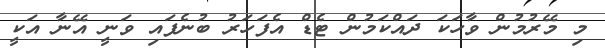
މި މޭރުމުން ވާހަކަ ދައްކަމުން ޓެޑް އެފަހަރު ބުނެފައި ވަނީ އޭނާ އަކީ